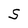
Character: S